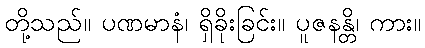
တို့သည်။ ပဏမာနံ၊ ရှိခိုးခြင်း။ ပူဇနန္တိ၊ ကား။